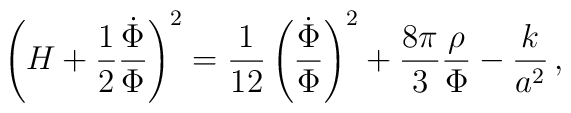
\left( H + {1\over 2} {\dot\Phi \over \Phi} \right)^2 =     {1\over 12} \left({\dot \Phi \over \Phi} \right)^2     +  {8 \pi \over 3} {\rho \over \Phi} - {k \over a^2}\, ,